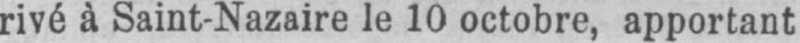
rivé à Saint-Nazaire le 10 octobre, apportant